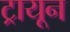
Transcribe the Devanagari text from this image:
ट्रायून